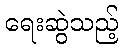
ရေးဆွဲသည့်